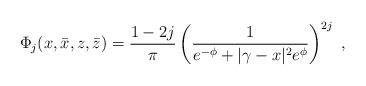
LaTeX: \begin{align*}\Phi_j (x,\bar{x},z,\bar{z}) = \frac{1 - 2j}{\pi} \left( \frac{1}{e^{-\phi} + | \gamma - x | ^2 e^{\phi} }\right)^{2 j} ~,\end{align*}